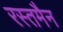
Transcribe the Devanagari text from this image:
रस्तमैन